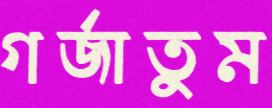
গর্‌জাতুম